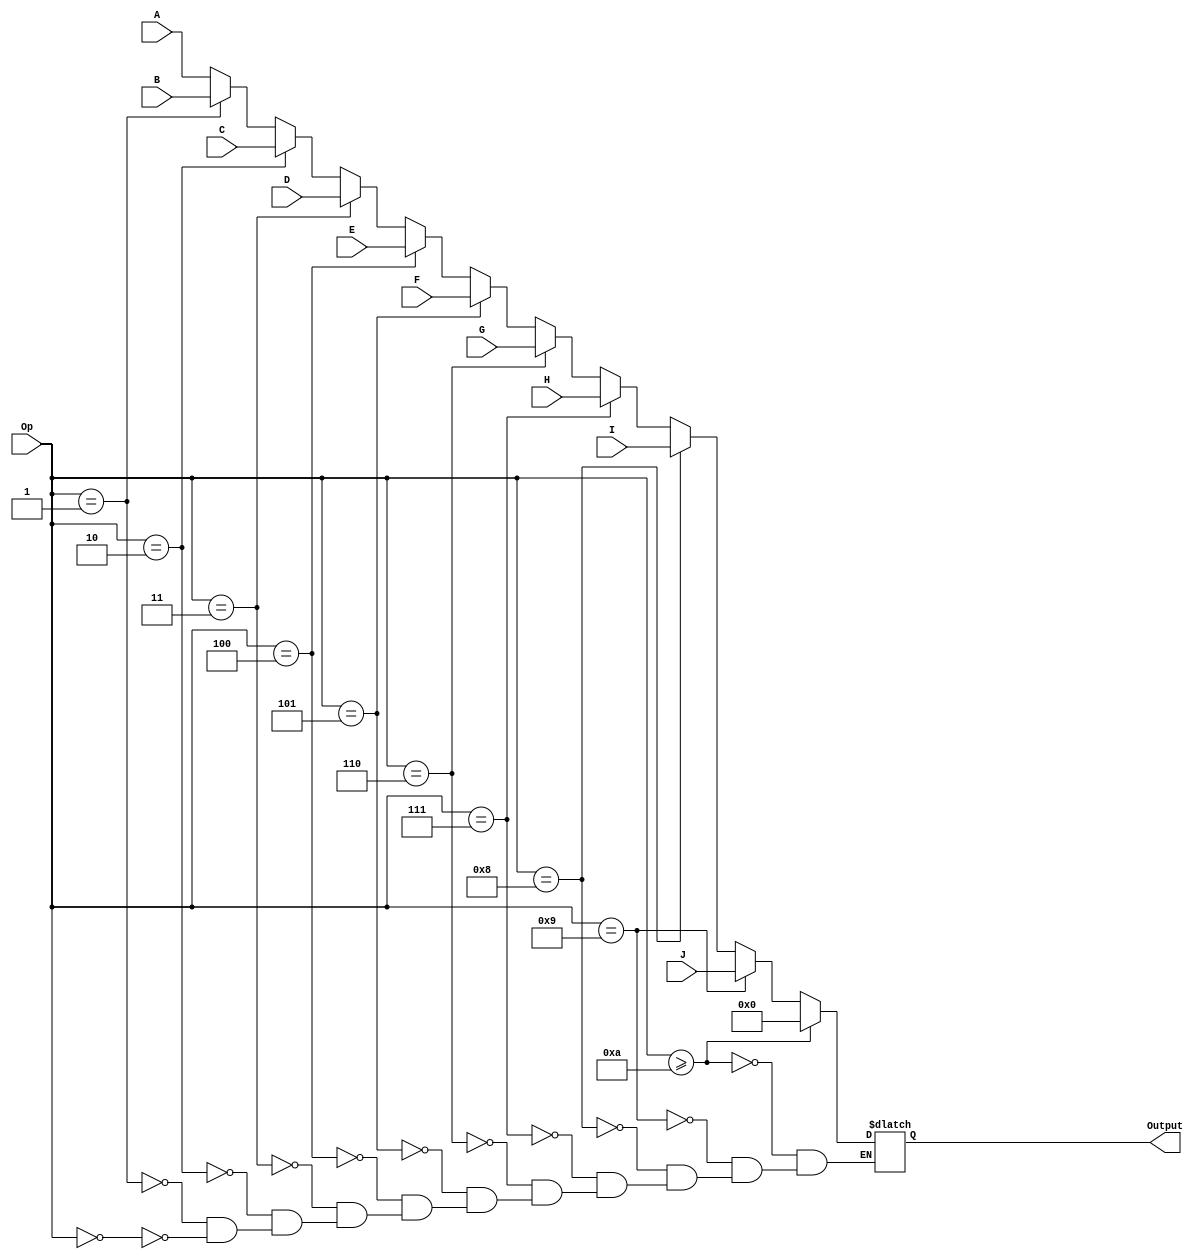
`timescale 1ns / 1ps
//////////////////////////////////////////////////////////////////////////////////
// Company: 
// Engineer: 
// 
// Design Name: 
// Module Name:    mux_16b_10input 
// Project Name: 
// Target Devices: 
// Tool versions: 
// Description: 
//
// Dependencies: 
//
// Revision: 
// Revision 0.01 - File Created
// Additional Comments: 
//
//////////////////////////////////////////////////////////////////////////////////
module mux_16b_10input(
    input [15:0] A,
    input [15:0] B,
    input [15:0] C,
    input [15:0] D,
    input [15:0] E,
    input [15:0] F,
    input [15:0] G,
    input [15:0] H,
    input [15:0] I,
    input [15:0] J,
    input [4:0] Op,
    output [15:0] Output
    );
	 
	 reg [15:0] out;
	 assign Output = out;
always @ (*) begin
	if (Op == 0)
	out = A;
	
	if (Op == 1)
	out = B;
	
	if (Op == 2)
	out = C;
	
	if (Op == 3)
	out = D;
	
	if (Op == 4)
	out = E;
	
	if (Op == 5)
	out = F;
	
	if (Op == 6)
	out = G;
	
	if (Op == 7)
	out = H;
	
	if (Op == 8)
	out = I;
	
	if (Op == 9)
	out = J;
	
	if(Op >= 10)
	out = 0;
	
	
	
	
end


endmodule